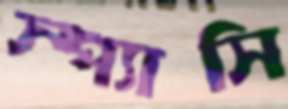
স্প্যাসি